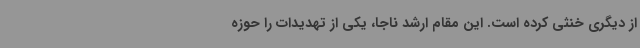
از دیگری خنثی کرده است. این مقام ارشد ناجا، یکی از تهدیدات را حوزه